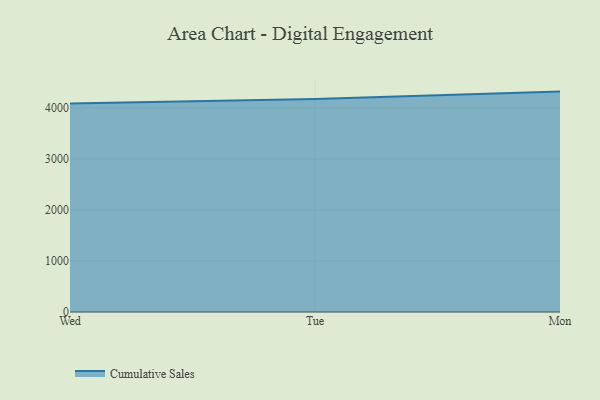
{"axis": {"x": "Day", "y": "LTV (USD)"}, "legend": ["Cumulative Sales"], "data": [{"x": "Wed", "y": 4087.6, "type": "Cumulative Sales"}, {"x": "Tue", "y": 4178.3, "type": "Cumulative Sales"}, {"x": "Mon", "y": 4322.6, "type": "Cumulative Sales"}]}